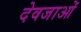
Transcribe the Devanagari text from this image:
देवजाओं